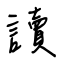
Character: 讀